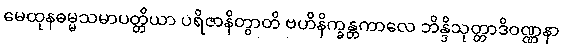
မေထုနဓမ္မသမာပတ္တိယာ ပရိဇာနိတွာတိ ဗဟိနိက္ခန္တကာလေ ဘိန္ဒိသုတ္တာဒိဝဏ္ဏနာ